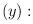
LaTeX: \begin{align*}(y): \\ \end{align*}